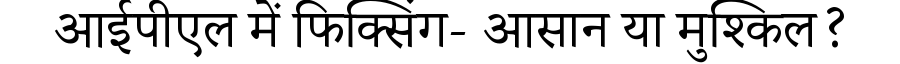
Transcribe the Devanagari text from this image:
आईपीएल में फिक्सिंग- आसान या मुश्किल?